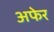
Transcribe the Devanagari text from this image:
अफेर